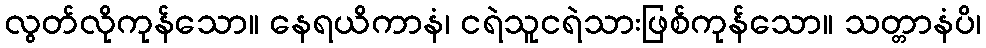
လွတ်လိုကုန်သော။ နေရယိကာနံ၊ ငရဲသူငရဲသားဖြစ်ကုန်သော။ သတ္တာနံပိ၊